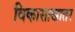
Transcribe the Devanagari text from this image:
विकासाखातर